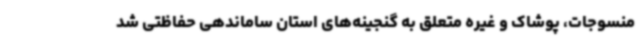
منسوجات، پوشاک و غیره متعلق به گنجینه‌های استان ساماندهی حفاظتی شد